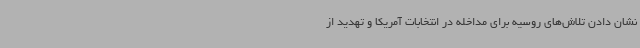
نشان دادن تلاش‌های روسیه برای مداخله در انتخابات آمریکا و تهدید از